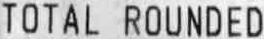
TOTAL ROUNDED